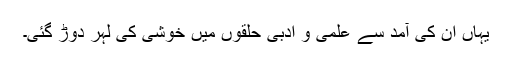
یہاں ان کی آمد سے علمی و ادبی حلقوں میں خوشی کی لہر دوڑ گئی۔